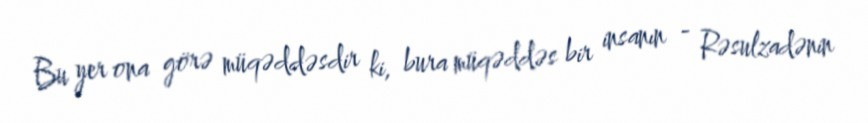
Bu yer ona görə müqəddəsdir ki, bura müqəddəs bir insanın - Rəsulzadənin